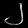
Digit: ၂